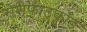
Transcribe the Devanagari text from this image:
रोशेफाउकॉड